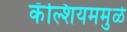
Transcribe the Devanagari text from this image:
कॅल्शियममुळे